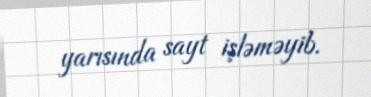
yarısında sayt işləməyib.